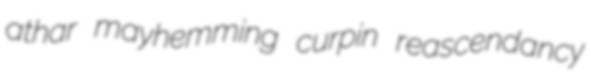
athar mayhemming curpin reascendancy